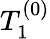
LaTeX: T_{1}^{(0)}